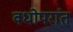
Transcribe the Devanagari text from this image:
वधोपरांत